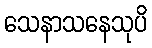
သေနာသနေသုပိ